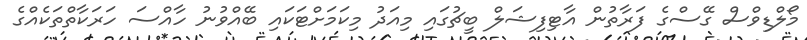
މޯލްޑިވްސް ގޭސްގެ ފަރާތުން އާޓިފިޝަލް ބީޗުގައި މިއަދު މިކަމަށްޓަކައި ބޭއްވުނު ހާއްސަ ހަރަކާތްތަކެއްގެ